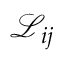
\mathscr { L } _ { i j }